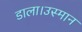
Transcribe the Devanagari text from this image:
डाला।उस्मान